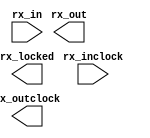
module LVDS_AD (
	rx_in,
	rx_inclock,
	rx_locked,
	rx_out,
	rx_outclock);

	input	[7:0]  rx_in;
	input	  rx_inclock;
	output	  rx_locked;
	output	[95:0]  rx_out;
	output	  rx_outclock;

endmodule